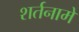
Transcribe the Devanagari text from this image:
शर्तनामे